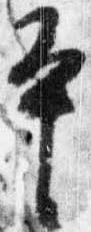
平